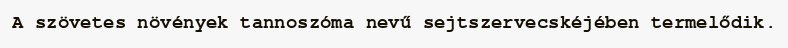
A szövetes növények tannoszóma nevű sejtszervecskéjében termelődik.